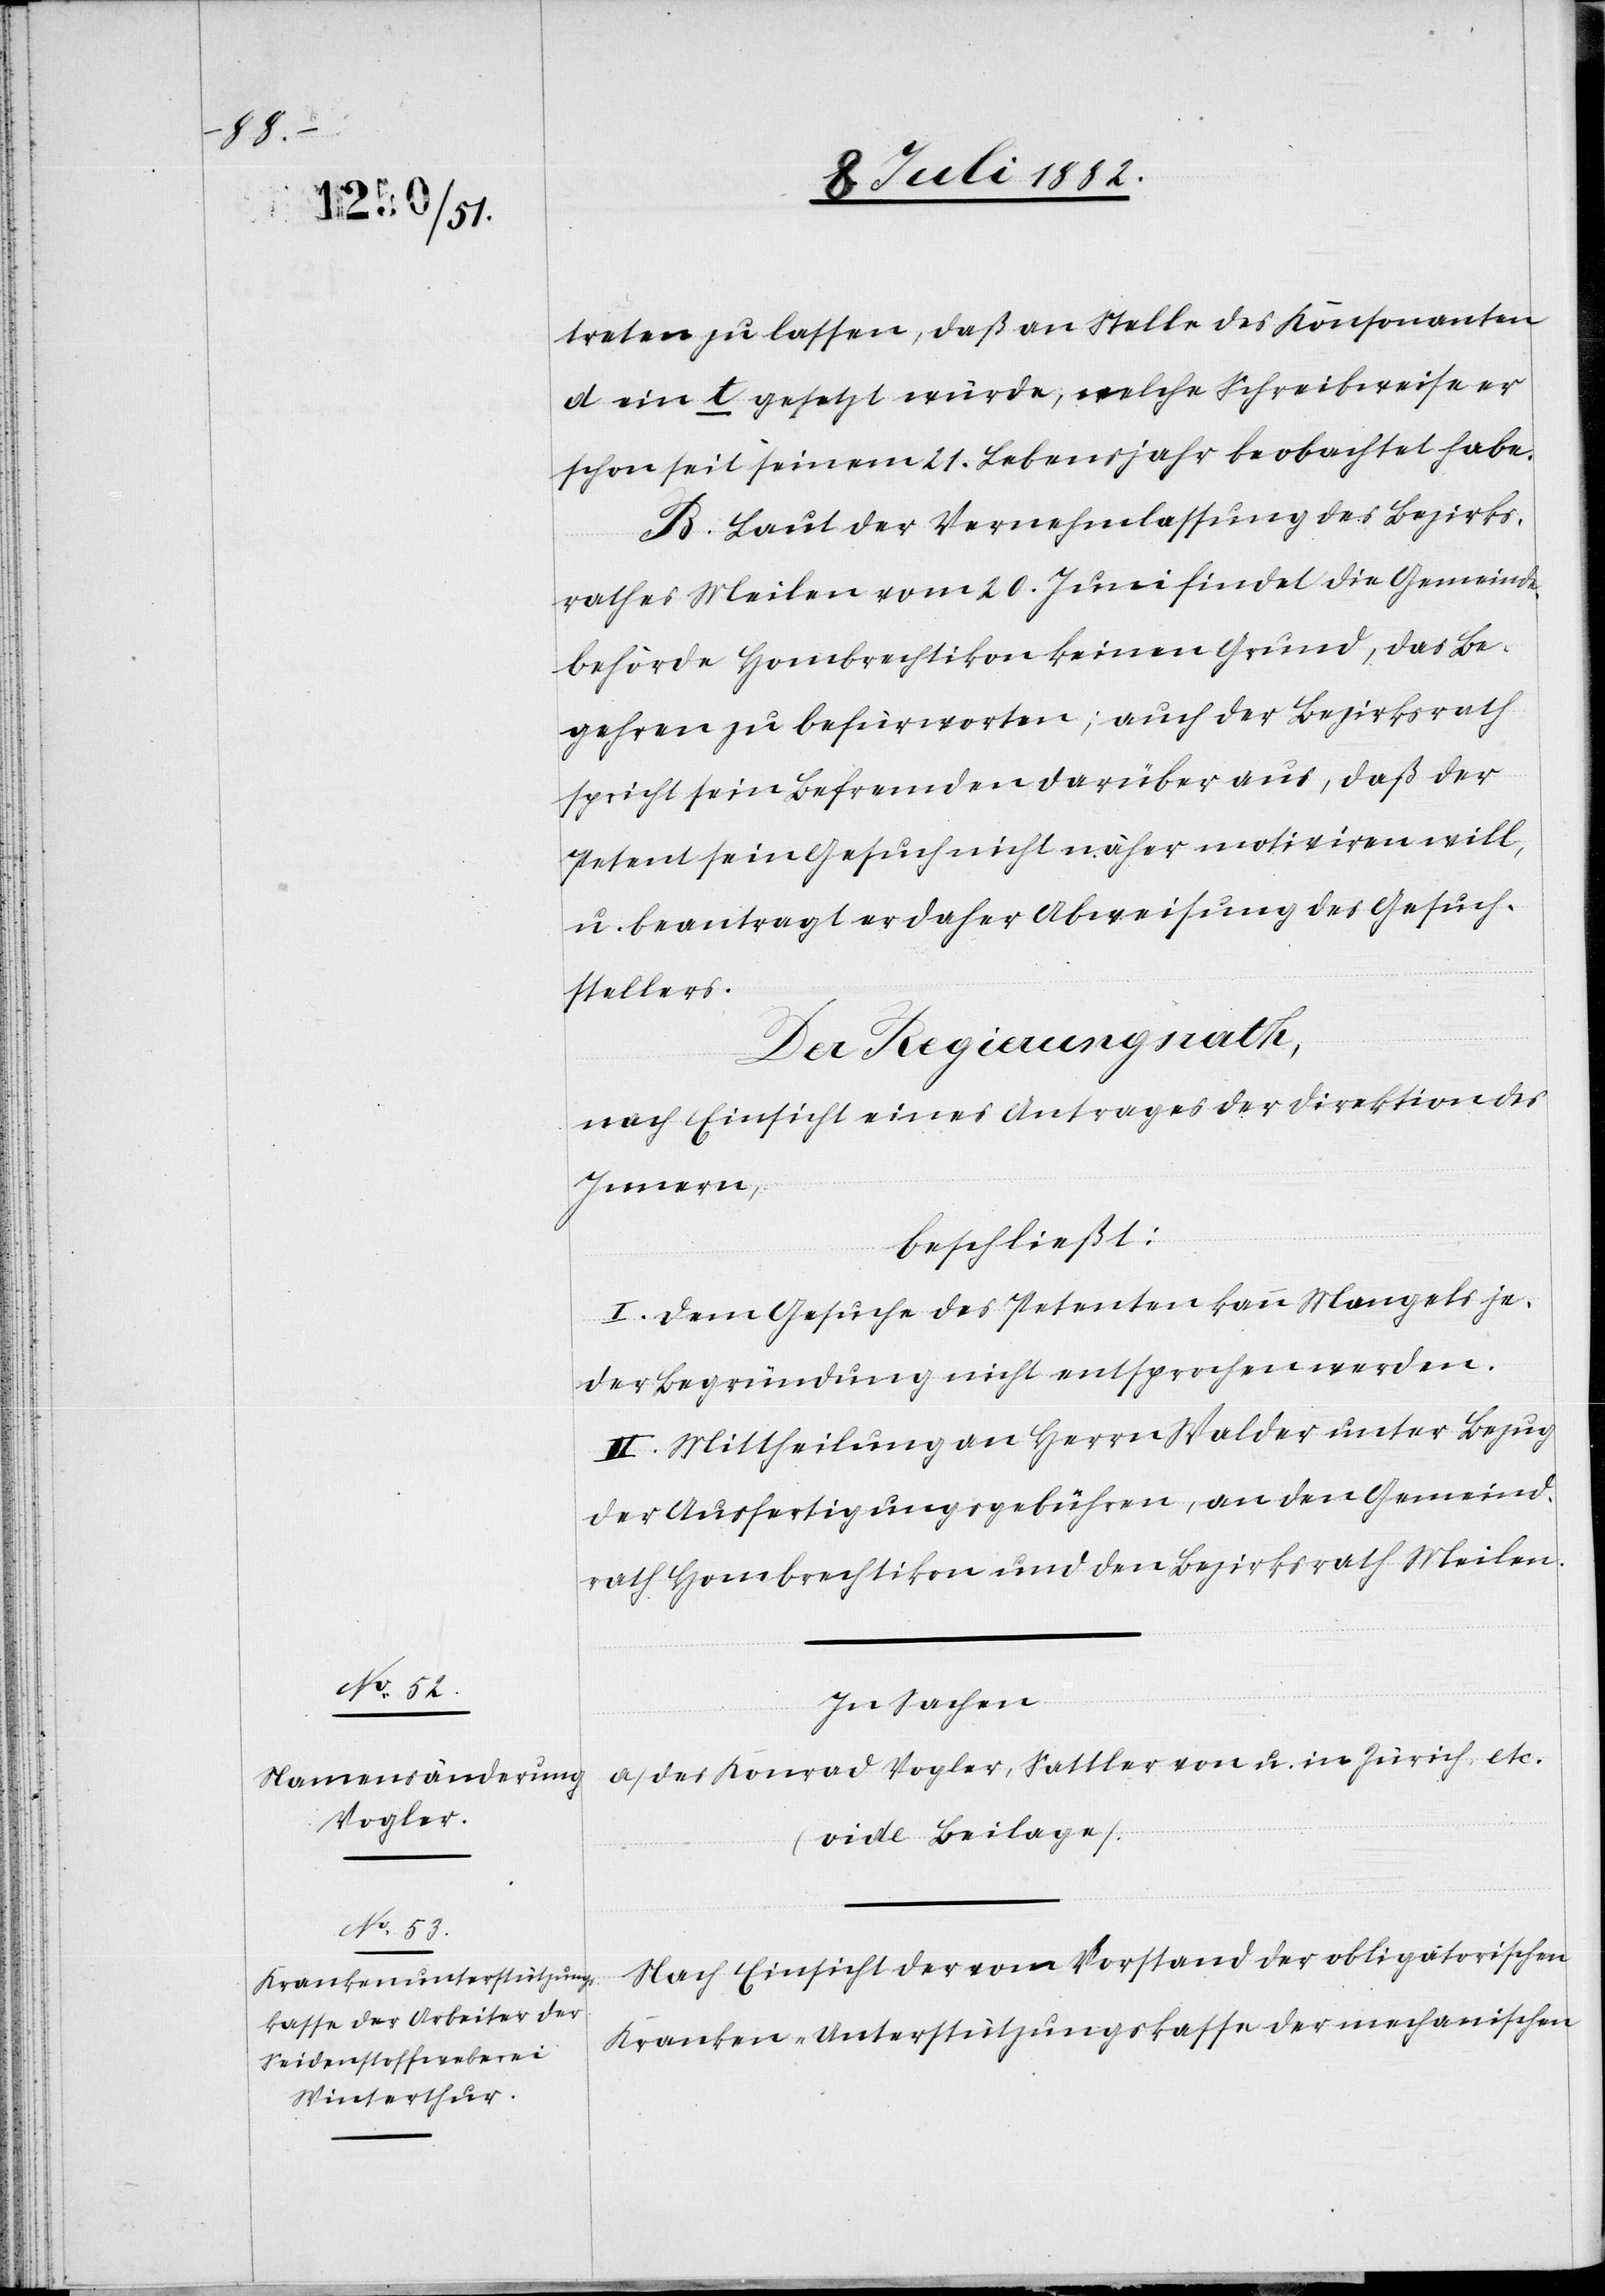
treten zu lassen, daß an Stelle des Konsonanten
d ein t gesetzt würde, welche Schreibweise er
schon seit seinem 21. Lebensjahr beobachtet habe.
B. Laut der Vernehmlassung des Bezirks¬
rathes Meilen vom 20. Juni findet die Gemeinde¬
behörde Hombrechtikon keinen Grund, das Be¬
gehren zu befürworten; auch der Bezirksrath
spricht sein Befremden darüber aus, daß der
Petent sein Gesuch nicht näher motiviren will,
u. beantragt er daher Abweisung des Gesuch¬
sstellers.
Der Regierungsrath,
nach Einsicht eines Antrages der Direktion des
Innern,
beschließt:
I. Dem Gesuch des Petenten kann Mangels je¬
der Begründung nicht entsprochen werden.
II. Mittheilung an Herrn Walder unter Bezug
der Ausfertigungsgebühren, an den Gemeind¬
rath Hombrechtikon und den Bezirksrath Meilen.
In Sachen
a. des Konrad Vogler, Sattler von u. in Zürich, etc.
(vide Beilage)
Nach Einsicht der vom Vorstand der obligatorischen
Kranken-Unterstützungskasse der mechanischen